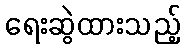
ရေးဆွဲထားသည့်